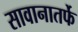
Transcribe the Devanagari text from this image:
सावानातर्फे